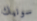
سونيك